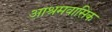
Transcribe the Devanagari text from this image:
आश्रमवासिक